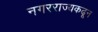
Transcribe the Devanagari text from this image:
नगरराज्यकढून